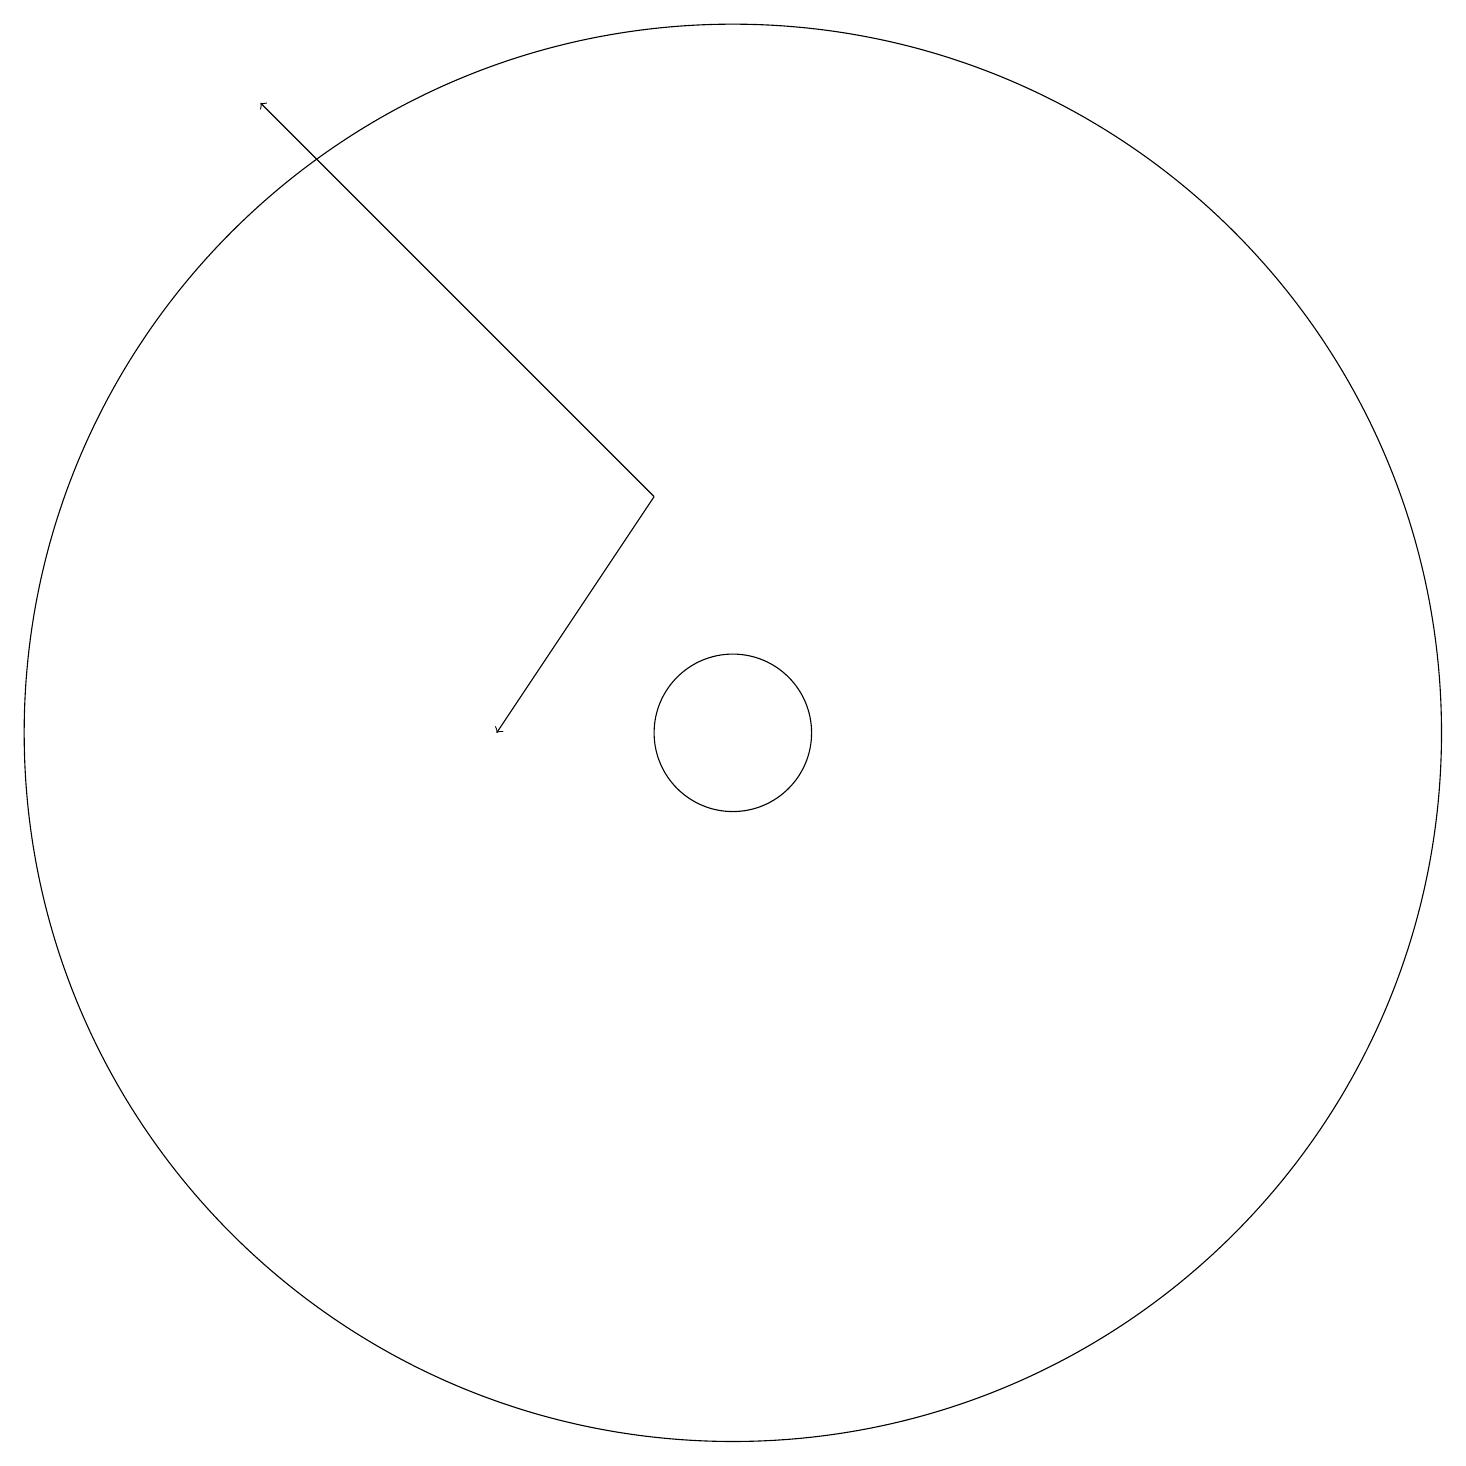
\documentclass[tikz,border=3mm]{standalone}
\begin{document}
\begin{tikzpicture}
\draw[->] (9,14) -- (7,11);
\draw (10,11) circle (1);
\draw (10,11) circle (9);
\draw[->] (9,14) -- (4,19);
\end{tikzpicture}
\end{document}